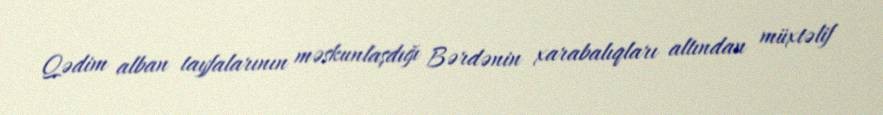
Qədim alban tayfalarının məskunlaşdığı Bərdənin xarabalıqları altından müxtəlif